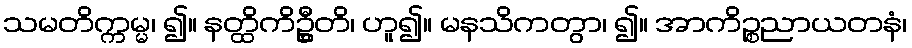
သမတိက္ကမ္မ၊ ၍။ နတ္ထိကိဦ္စတိ၊ ဟူ၍။ မနသိကတွာ၊ ၍။ အာကိဉ္စညာယတနံ၊